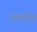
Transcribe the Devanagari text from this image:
पालदेव